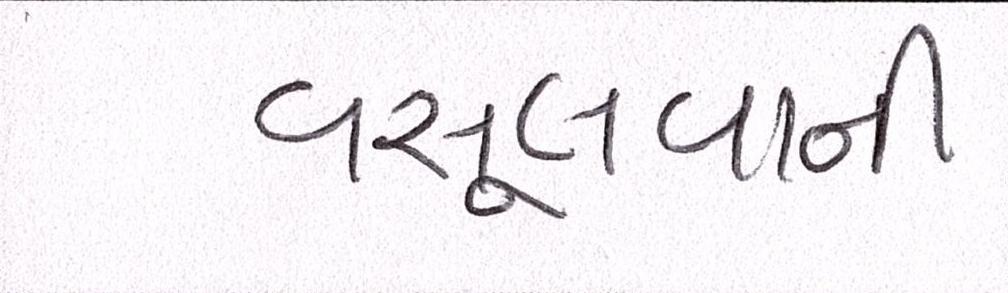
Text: વસૂલવાની